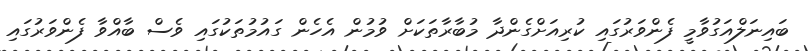
ބައިނަލްއަގުވާމީ ފެންވަރުގައި ކުރިއަށްގެންދާ މުބާރާތަކަށް ވުމުން އެހެން ގައުމުތަކުގައި ވެސް ބާއްވާ ފެންވަރުގައި